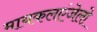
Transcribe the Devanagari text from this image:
मायकलएंजेलो